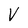
Character: V